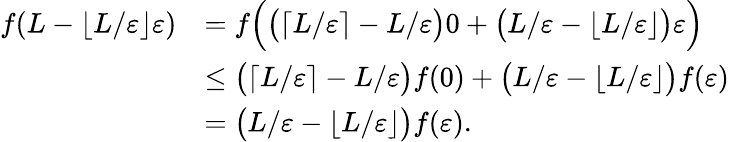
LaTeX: \begin{array}{rl}{f(L-\lfloor{L/\varepsilon}\rfloor\varepsilon)}&{=f\Big(\big(\lceil L/\varepsilon\rceil-L/\varepsilon\big)0+\big(L/\varepsilon-\lfloor{L/\varepsilon}\rfloor\big)\varepsilon\Big)}\\ &{\leq\big(\lceil L/\varepsilon\rceil-L/\varepsilon\big)f(0)+\big(L/\varepsilon-\lfloor{L/\varepsilon}\rfloor\big)f(\varepsilon)}\\ &{=\big(L/\varepsilon-\lfloor{L/\varepsilon}\rfloor\big)f(\varepsilon).}\end{array}